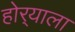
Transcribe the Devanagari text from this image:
होर्‍याला